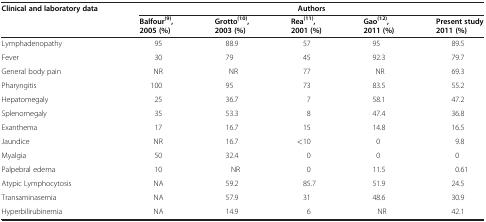
<table><thead><tr><td><b>Clinical and laboratory data</b></td><td colspan="5"><b>Authors</b></td></tr><tr><td><b> </b></td><td><b>Balfour<sup>(9)</sup>, 2005 (%)</b></td><td><b>Grotto<sup>(10)</sup>, 2003 (%)</b></td><td><b>Rea<sup>(11)</sup>, 2001 (%)</b></td><td><b>Gao<sup>(12)</sup>, 2011 (%)</b></td><td><b>Present study 2011 (%)</b></td></tr></thead><tbody><tr><td>Lymphadenopathy</td><td>95</td><td>88.9</td><td>57</td><td>95</td><td>89.5</td></tr><tr><td>Fever</td><td>30</td><td>79</td><td>45</td><td>92.3</td><td>79.7</td></tr><tr><td>General body pain</td><td>NR</td><td>NR</td><td>77</td><td>NR</td><td>69.3</td></tr><tr><td>Pharyngitis</td><td>100</td><td>95</td><td>73</td><td>83.5</td><td>55.2</td></tr><tr><td>Hepatomegaly</td><td>25</td><td>36.7</td><td>7</td><td>58.1</td><td>47.2</td></tr><tr><td>Splenomegaly</td><td>35</td><td>53.3</td><td>8</td><td>47.4</td><td>36.8</td></tr><tr><td>Exanthema</td><td>17</td><td>16.7</td><td>15</td><td>14.8</td><td>16.5</td></tr><tr><td>Jaundice</td><td>NR</td><td>16.7</td><td>&lt;10</td><td>0</td><td>9.8</td></tr><tr><td>Myalgia</td><td>50</td><td>32.4</td><td>0</td><td>0</td><td>0</td></tr><tr><td>Palpebral edema</td><td>10</td><td>NR</td><td>0</td><td>11.5</td><td>0.61</td></tr><tr><td>Atypic Lymphocytosis</td><td>NA</td><td>59.2</td><td>85.7</td><td>51.9</td><td>24.5</td></tr><tr><td>Transaminasemia</td><td>NA</td><td>57.9</td><td>31</td><td>48.6</td><td>30.9</td></tr><tr><td>Hyperbilirubinemia</td><td>NA</td><td>14.9</td><td>6</td><td>NR</td><td>42.1</td></tr></tbody></table>